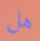
هل